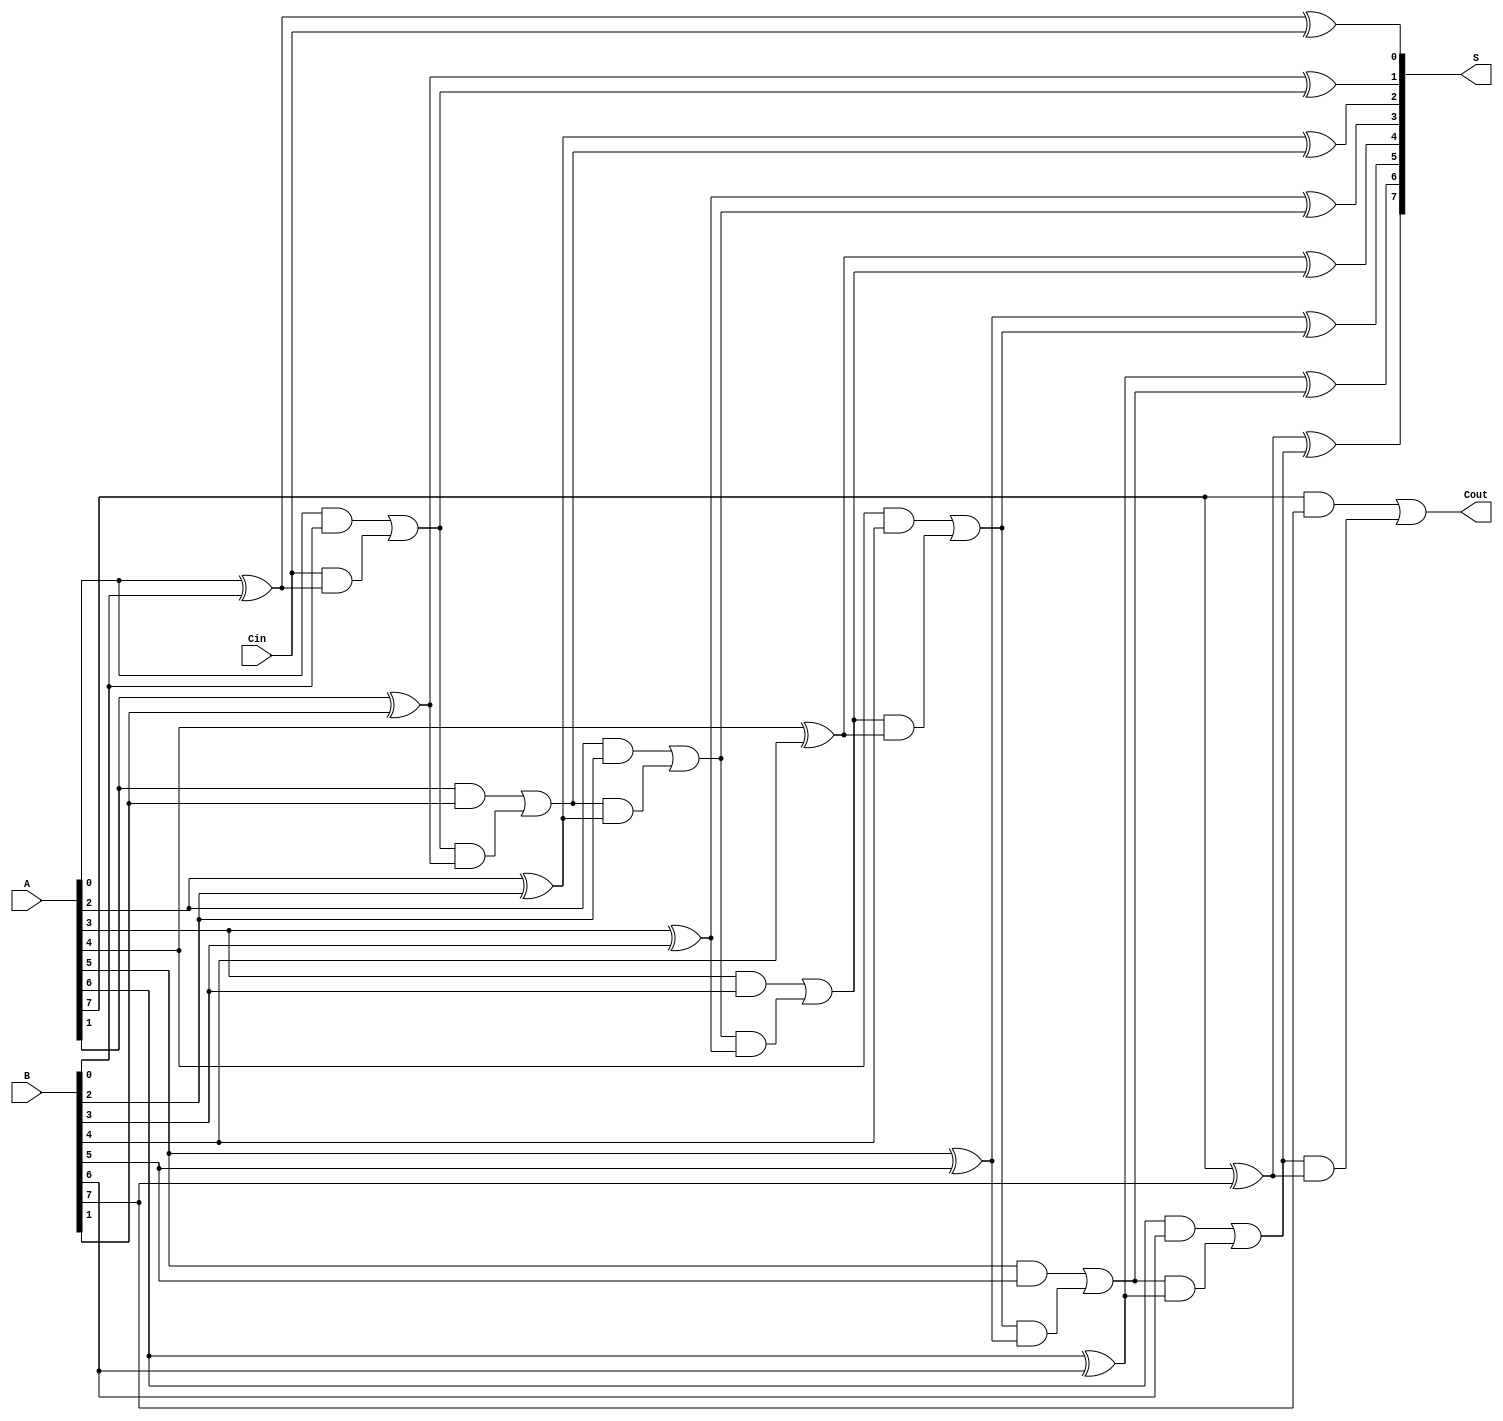
module ling_adder #(
    parameter N = 8  // Width of the binary numbers
) (
    input  wire [N-1:0] A,      // First n-bit binary number
    input  wire [N-1:0] B,      // Second n-bit binary number
    input  wire Cin,             // Carry-in bit
    output wire [N-1:0] S,       // n-bit sum output
    output wire Cout             // Carry-out bit
);

    // Internal wires for carry generation
    wire [N:0] C; // C[0] is the carry-in, C[N] is the carry-out

    // Assign the carry-in to the first carry wire
    assign C[0] = Cin;

    // Generate carry and sum for each bit
    genvar i;
    generate
        for (i = 0; i < N; i = i + 1) begin : adder_stage
            // Carry generation
            assign C[i+1] = (A[i] & B[i]) | (C[i] & (A[i] ^ B[i]));
            // Sum calculation
            assign S[i] = A[i] ^ B[i] ^ C[i];
        end
    endgenerate

    // Assign the final carry-out
    assign Cout = C[N];

endmodule